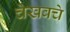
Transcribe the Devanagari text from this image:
चेखवचे